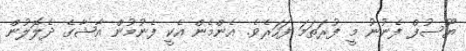
ޔޫސުފް ފެނުނު މީ ފުރަތަމަ ފަހަރެވެ. އެންމެން އެކީ ފެނުމުން އާޝާގެ ދެލޮލުން